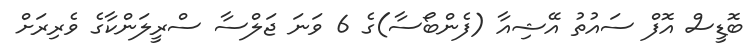
ބޮޑީސް އޮފް ސައުތު އޭޝިއާ (ފެންބޯސާ)ގެ 6 ވަނަ ޖަލްސާ ސްރީލަންކާގެ ވެރިރަށް